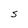
Character: S